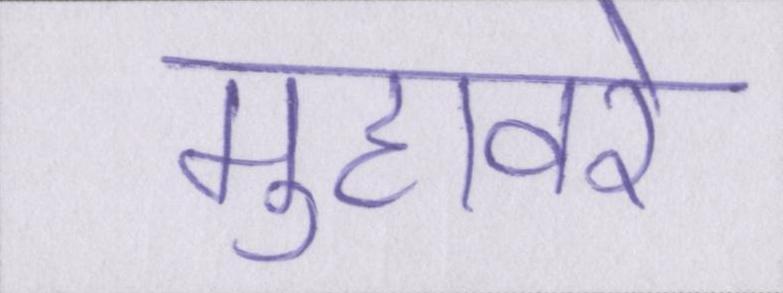
मुहावरे